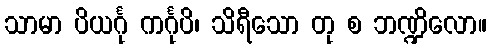
သာမာ ပိယင်္ဂု ကင်္ဂုပိ၊ သိရီသော တု စ ဘဏ္ဍိလော။